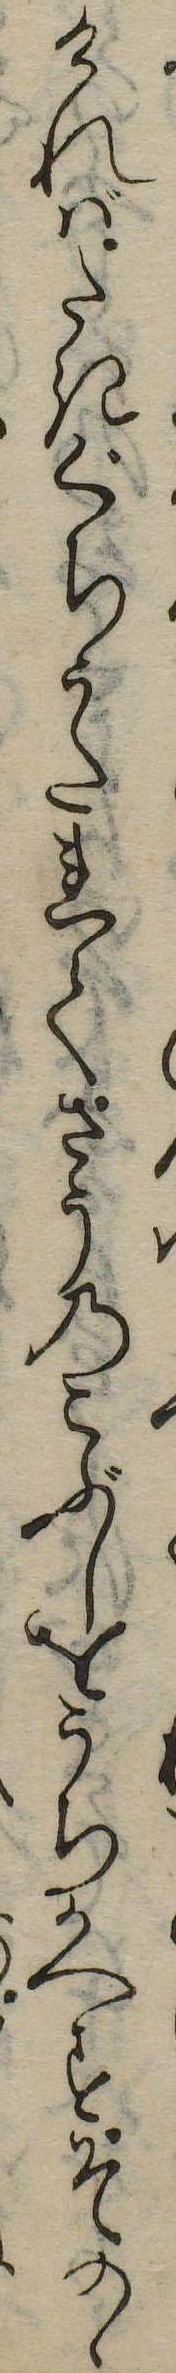
ければたきぐちうたれてさうのこぶしをうちかへすそのゝ